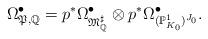
LaTeX: \begin{align*}\Omega^{\bullet}_{\mathfrak{P},\mathbb{Q}}=p^*\Omega^{\bullet}_{{\mathfrak M}^{\sharp}_{{}\mathbb{Q}}}\otimes p^*{{\Omega}}^{\bullet}_{({\mathbb P}_{K_0}^1)^{J_0}}.\end{align*}